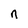
Character: n